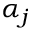
\alpha _ { j }